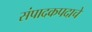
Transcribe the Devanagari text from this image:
संपादकपदाचे